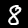
Digit: 8